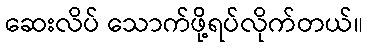
ဆေးလိပ် သောက်ဖို့ရပ်လိုက်တယ်။